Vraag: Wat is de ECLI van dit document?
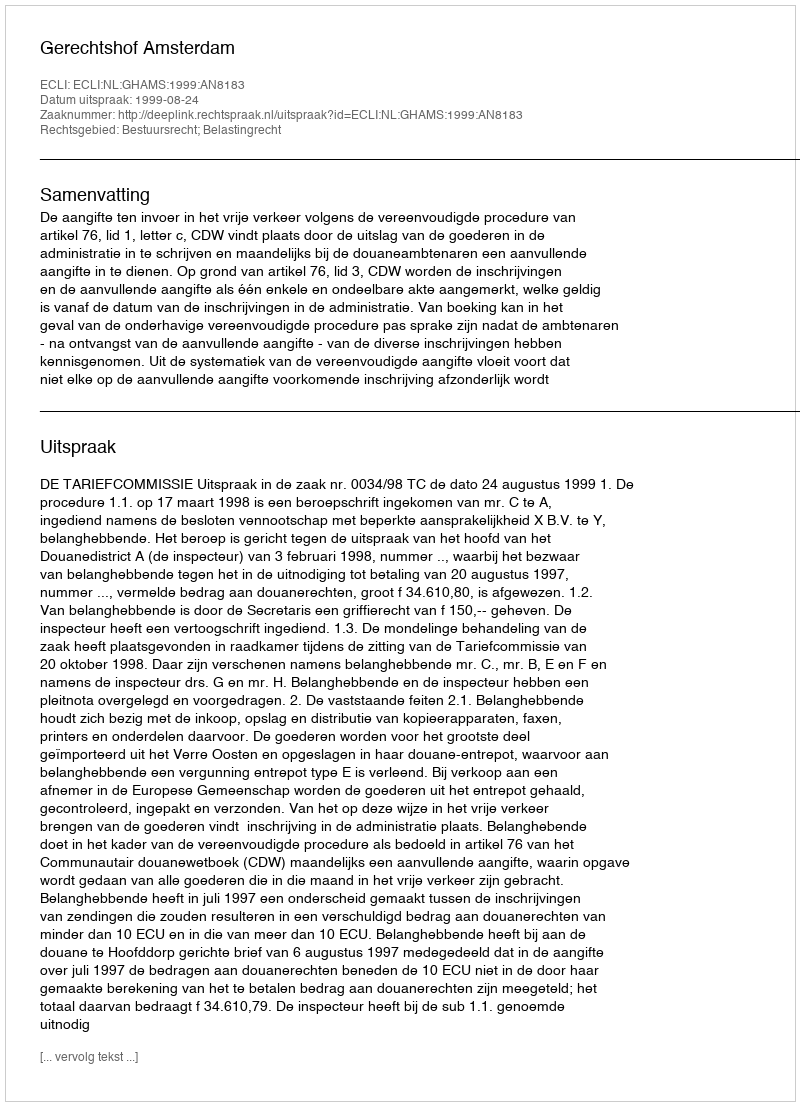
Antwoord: ECLI:NL:GHAMS:1999:AN8183